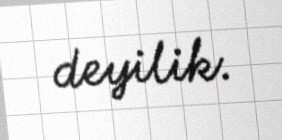
deyilik.